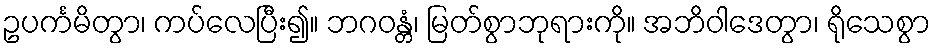
ဥပင်္ကမိတွာ၊ ကပ်လေပြီး၍။ ဘဂဝန္တံ၊ မြတ်စွာဘုရားကို။ အဘိဝါဒေတွာ၊ ရိုသေစွာ